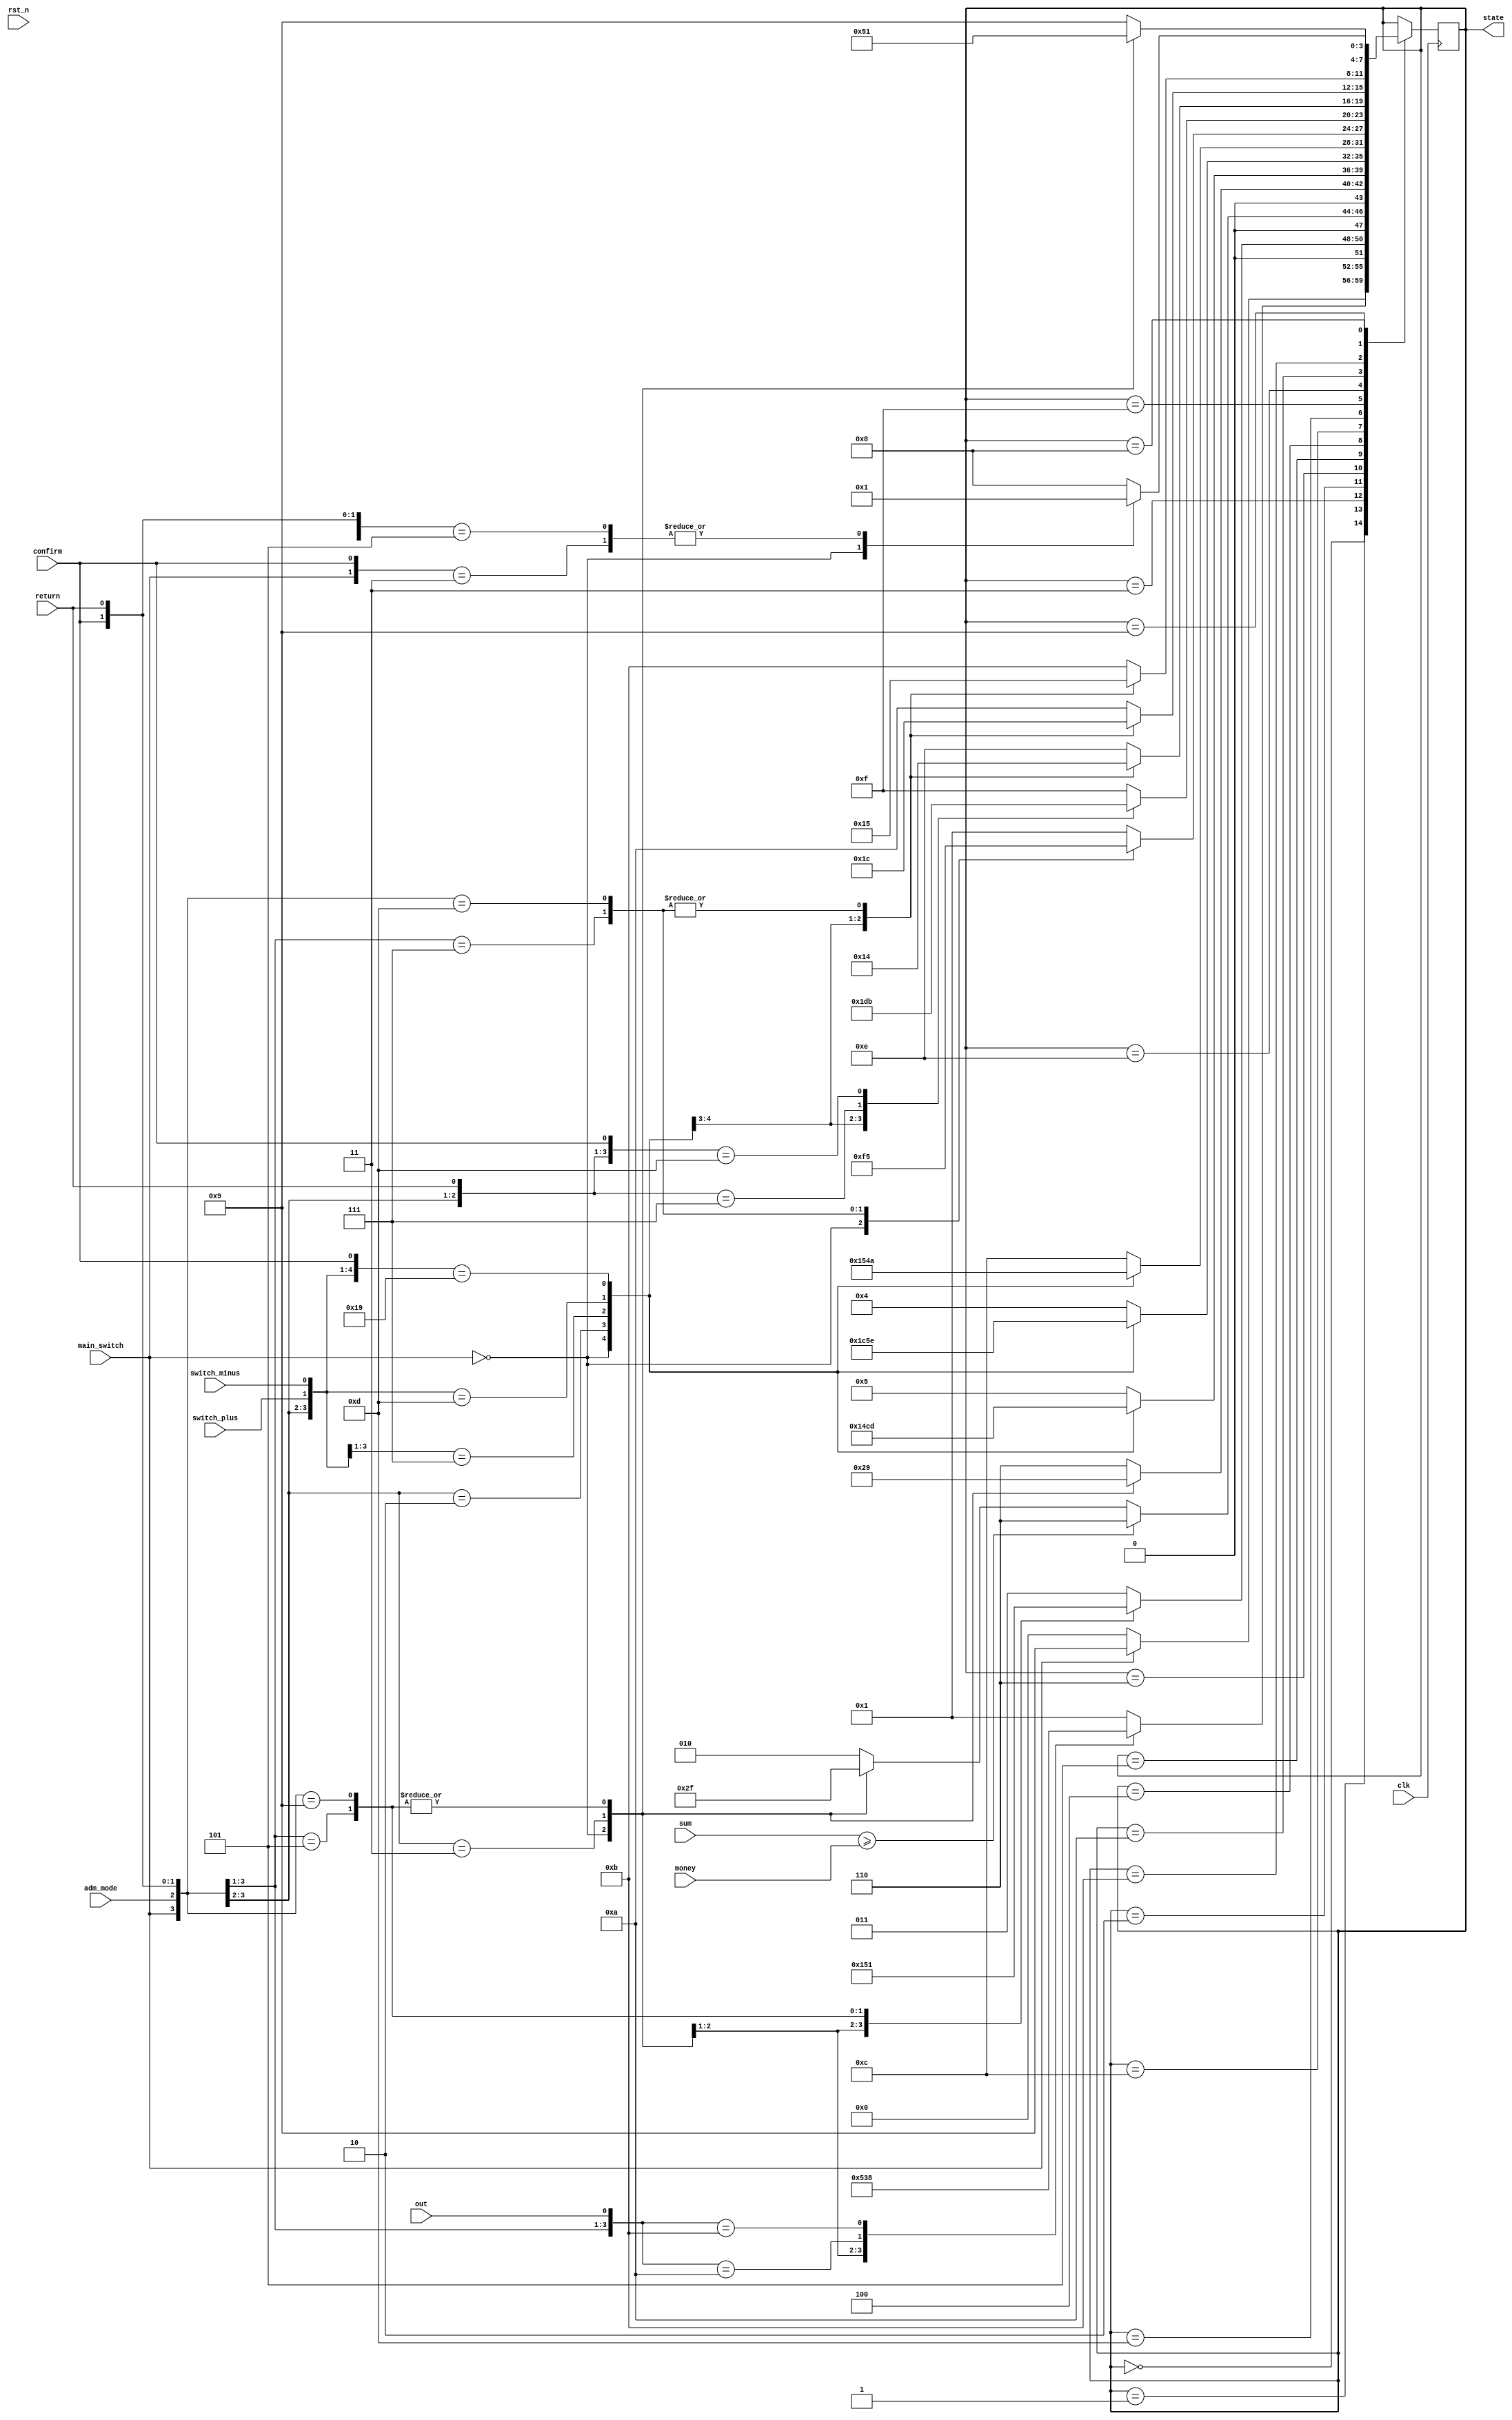
`timescale 1ns / 1ps
//////////////////////////////////////////////////////////////////////////////////
// Company: 
// Engineer: 
// 
// Design Name: 
// Module Name: mode_v
// Project Name: 
// Target Devices: 
// Tool Versions: 
// Description: 
// 
// Dependencies: 
// 
// Revision:
// Revision 0.01 - File Created
// Additional Comments:
// 
//////////////////////////////////////////////////////////////////////////////////


module mode_v(clk, rst_n, main_switch, adm_mode,switch_plus,switch_minus, confirm, return,  out,sum,money, state);
input clk, rst_n,
     main_switch,
     adm_mode,
     switch_plus,switch_minus,
     confirm, return,
      out;
 input [6:0] sum,money;
      

output reg [3:0]state = 4'b0000;

wire timesUp=0;

parameter S_OFF = 4'b0000,//??????????????????
          S_INQUIRE = 4'b0001,//??????????5s??????????????????plus??minus???????
          S_ADD_AMOUNT = 4'b0011,//???????????????????????????????????????
          //???????????????????????1???????????
          S_PAYMENT = 4'b0010,//???????????????????????????????
          S_SUCCESS = 4'b0110,//?????????????????????????????????????????????????finish????????
          S_FAILURE = 4'b0111,//?????????????????????
          S_ADM1 = 4'b0101,//???inquire
          S_ADM2 = 4'b0100,//???reset
          S_ADM3 = 4'b1100,//???sale
          S_ADM_INQUIRE = 4'b1101,//??????????
          S_ADM_ADD = 4'b1111,//?????????????????????????????
          S_RESET = 4'b1110,//????????????????????finish???????????????
          S_SALE_AMOUNT = 4'b1010,//????????????????????finish???????????????
          S_SUC_ADM = 4'b1011,//?????????????
          S_WELCOME = 4'b1001,//???????
          S_OUT = 4'b1000;//???????????????sold out????????????????
          
   
    always@(posedge clk)
    begin

        case(state) 
            S_OFF:  ///
            case (main_switch)
                1'b1: begin
                    state <= S_WELCOME;
                    //reset once opening the machine
                end
                default: state <= S_OFF;
            endcase
                

            S_INQUIRE:///
            casex ({main_switch,adm_mode, confirm, out})
                4'b0xxx:state<=S_OFF;
                4'b11xx:state<=S_ADM1;
                4'b1010: state <= S_ADD_AMOUNT;
//                4'b110x: state <= S_ADM1;
//                4'b111x: state <= S_ADM1;
                4'b1011: state <= S_OUT;
                default: state <= S_INQUIRE;
            endcase
           
            S_ADD_AMOUNT:///
            casex ({main_switch, adm_mode, confirm, return})
                4'b0xxx: state <= S_OFF;
                4'b11xx: state <= S_ADM1;
                4'b101x: state <= S_PAYMENT;
                4'b1001: state <= S_INQUIRE;
                default: state <= S_ADD_AMOUNT;
            endcase
            
            
            S_PAYMENT:///
            if(sum>=money)  begin
                state<=S_SUCCESS;
            end
            else
            casex ({main_switch, adm_mode, confirm, return, timesUp})
                
                5'b0xxxx: state <= S_OFF;
                5'b11xxx: state <= S_ADM1;
                5'b101xx:state <= S_FAILURE;
                5'b1001x: state <= S_FAILURE;
                5'b10001: state <= S_FAILURE;
                default: state = S_PAYMENT;
            endcase
            

            S_SUCCESS:///
            casex ({main_switch, adm_mode, confirm, return})
                5'b0xxx: state <= S_OFF;
                5'b11xx: state <= S_ADM1;
                5'b101x:state <= S_INQUIRE;
                5'b1001: state <= S_INQUIRE;
                default: state = S_SUCCESS;
            endcase

            S_ADM1:///
            casex ({main_switch, adm_mode, switch_plus, switch_minus, confirm})
                5'b0xxxx: state <= S_OFF;
                5'b10xxx: state <= S_INQUIRE;
                5'b111xx: state <= S_ADM2;
                5'b1101x: state <= S_ADM3;
                5'b11001: state <= S_ADM_INQUIRE;
                default: state = S_ADM1;
            endcase

            S_ADM2:///
            casex ({main_switch, adm_mode, switch_plus, switch_minus, confirm})
                5'b0xxxx: state <= S_OFF;
                5'b10xxx: state <= S_INQUIRE;
                5'b111xx: state <= S_ADM3;
                5'b1101x: state <= S_ADM1;
                5'b11001: state <= S_RESET;
                default: state = S_ADM2;
            endcase

            S_ADM3:///
            casex ({main_switch, adm_mode, switch_plus, switch_minus, confirm})
                5'b0xxxx: state <= S_OFF;
                5'b10xxx: state <= S_INQUIRE;
                5'b111xx: state <= S_ADM1;
                5'b1101x: state <= S_ADM2;
                5'b11001: state <= S_SALE_AMOUNT;
                default: state = S_ADM3;
            endcase

            S_ADM_INQUIRE:///
            casex ({main_switch, adm_mode, confirm, return})
                4'b0xxx:  state <= S_OFF;
                4'b10xx:  state <= S_INQUIRE;
                4'b111x:  state <= S_ADM_ADD;
                4'b1101:  state <= S_ADM1;
                default:  state <= S_INQUIRE;
            endcase

            S_ADM_ADD:///
            casex ({main_switch, adm_mode, return,confirm})
                4'b0xxx:  state <= S_OFF;
                4'b10xx:  state <= S_INQUIRE;
                4'b111x:  state <= S_ADM_INQUIRE;
                4'b1101: state<=S_SUC_ADM;
                
                default: state <= S_ADM_ADD;
            endcase

            S_RESET:///
            casex ({main_switch, adm_mode, confirm, return})
                5'b0xxx: state <= S_OFF;
                5'b10xx: state <= S_INQUIRE;
                5'b111x: state <= S_ADM2;
                5'b1101: state <= S_ADM2;
                default: state <= S_RESET;
            endcase

            S_SALE_AMOUNT:///
            casex ({main_switch, adm_mode, confirm, return})
                5'b0xxx: state <= S_OFF;
                5'b10xx: state <= S_INQUIRE;
                5'b111x: state <= S_ADM3;
                5'b1101: state <= S_ADM3;
                default: state <= S_SALE_AMOUNT;
            endcase

            S_SUC_ADM:///
            casex ({main_switch, adm_mode, confirm, return})
                5'b0xxx: state <= S_OFF;
                5'b10xx: state <= S_INQUIRE;
                5'b111x: state <= S_ADM1;
                5'b1101: state <= S_ADM1;
                default: state <= S_SUC_ADM;
            endcase

            S_WELCOME:///
            casex ({main_switch,adm_mode, confirm, return})
                5'b0xxx: state <= S_OFF;
                5'b11xx:state<=S_ADM1;
                5'b101x: state <= S_INQUIRE;
                5'b1001: state <= S_INQUIRE;
                default: state <= S_WELCOME;
            endcase

            S_OUT: ///
            casex ({main_switch, confirm, return})
                5'b0xx: state <= S_OFF;
                5'b11x:  state <= S_INQUIRE;
                5'b101 : state <= S_INQUIRE;
                default: state <= S_OUT;
            endcase
            
        endcase
    
    end
endmodule